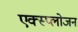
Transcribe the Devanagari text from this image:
एक्स्प्लोजन